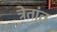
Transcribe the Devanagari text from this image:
त्रेतांत